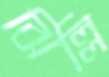
ঝিল্লি